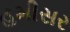
હમીસર